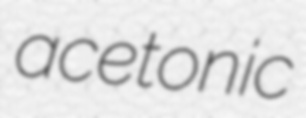
acetonic